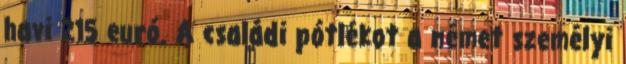
havi 215 euró. A családi pótlékot a német személyi